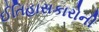
ઈતિહાસકારોની